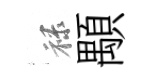
禄顒